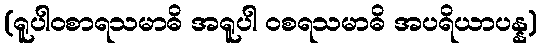
(ရူပါဝစာရသမာဓိ အရူပါ ဝစရသမာဓိ အပရိယာပန္န)